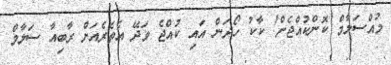
މުއްސަލާމް ކޮންކުއްޖެށް! ކާކު ހޯދަން އައި ކުއްޖެ ވަދޭ އެތެރެއަށް ރާބިއާ ސަލާމް